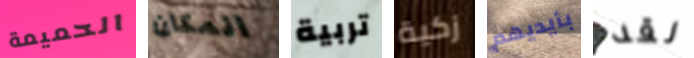
الحميمة المكان تربية زكية بأيديهم لقد